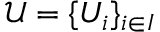
{ \mathcal { U } } = \{ U _ { i } \} _ { i \in I }